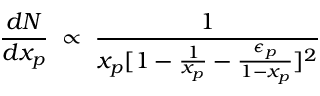
\frac { d N } { d x _ { p } } \; \propto \; \frac { 1 } { x _ { p } [ 1 - \frac { 1 } { x _ { p } } - \frac { \epsilon _ { p } } { 1 - x _ { p } } ] ^ { 2 } }